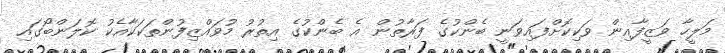
މަލީހާ ވަޒީފާއިން ވަކިކޮށްފައިވަނީ ބެންކުގެ ފަރާތުން އެ ބެންކުގެ އިތުުރު މުވައްޒިފުންތަކަކާއެކު ކޮލަންބޯގައި